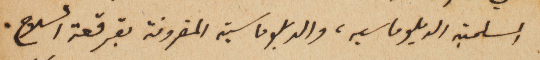
السلمية الدبلوماسيه، والدبلوماسية المقرونة بقرقعة السلاح.